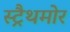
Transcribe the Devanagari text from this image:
स्ट्रैथमोर